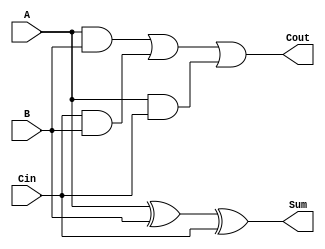
module FullAdder (
    input A, B, Cin,
    output Cout, Sum
);
    wire w1, w2, w3;

    xor x1(Sum, A, B, Cin);
    
    and x2(w1, A, B);
    and x3(w2, Cin, B);
    and x4(w3, A, Cin);
    
    or x5(Cout, w1, w2, w3);
endmodule